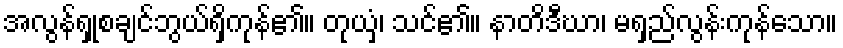
အလွန်ရှုစချင်ဘွယ်ရှိကုန်၏။ တုယှံ၊ သင်၏။ နာတိဒီဃာ၊ မရှည်လွန်းကုန်သော။